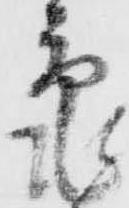
亀